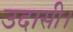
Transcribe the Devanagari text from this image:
उदासी।